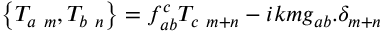
\left\{ T _ { a \ m } , T _ { b \ n } \right\} = f _ { a b } ^ { c } T _ { c \ m + n } - i k m g _ { a b } . \delta _ { m + n }